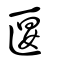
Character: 匽